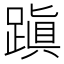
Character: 蹎